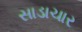
સાડાચાર